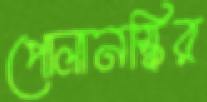
পোলানস্কির